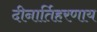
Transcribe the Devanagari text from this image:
दीनार्तिहरणाय